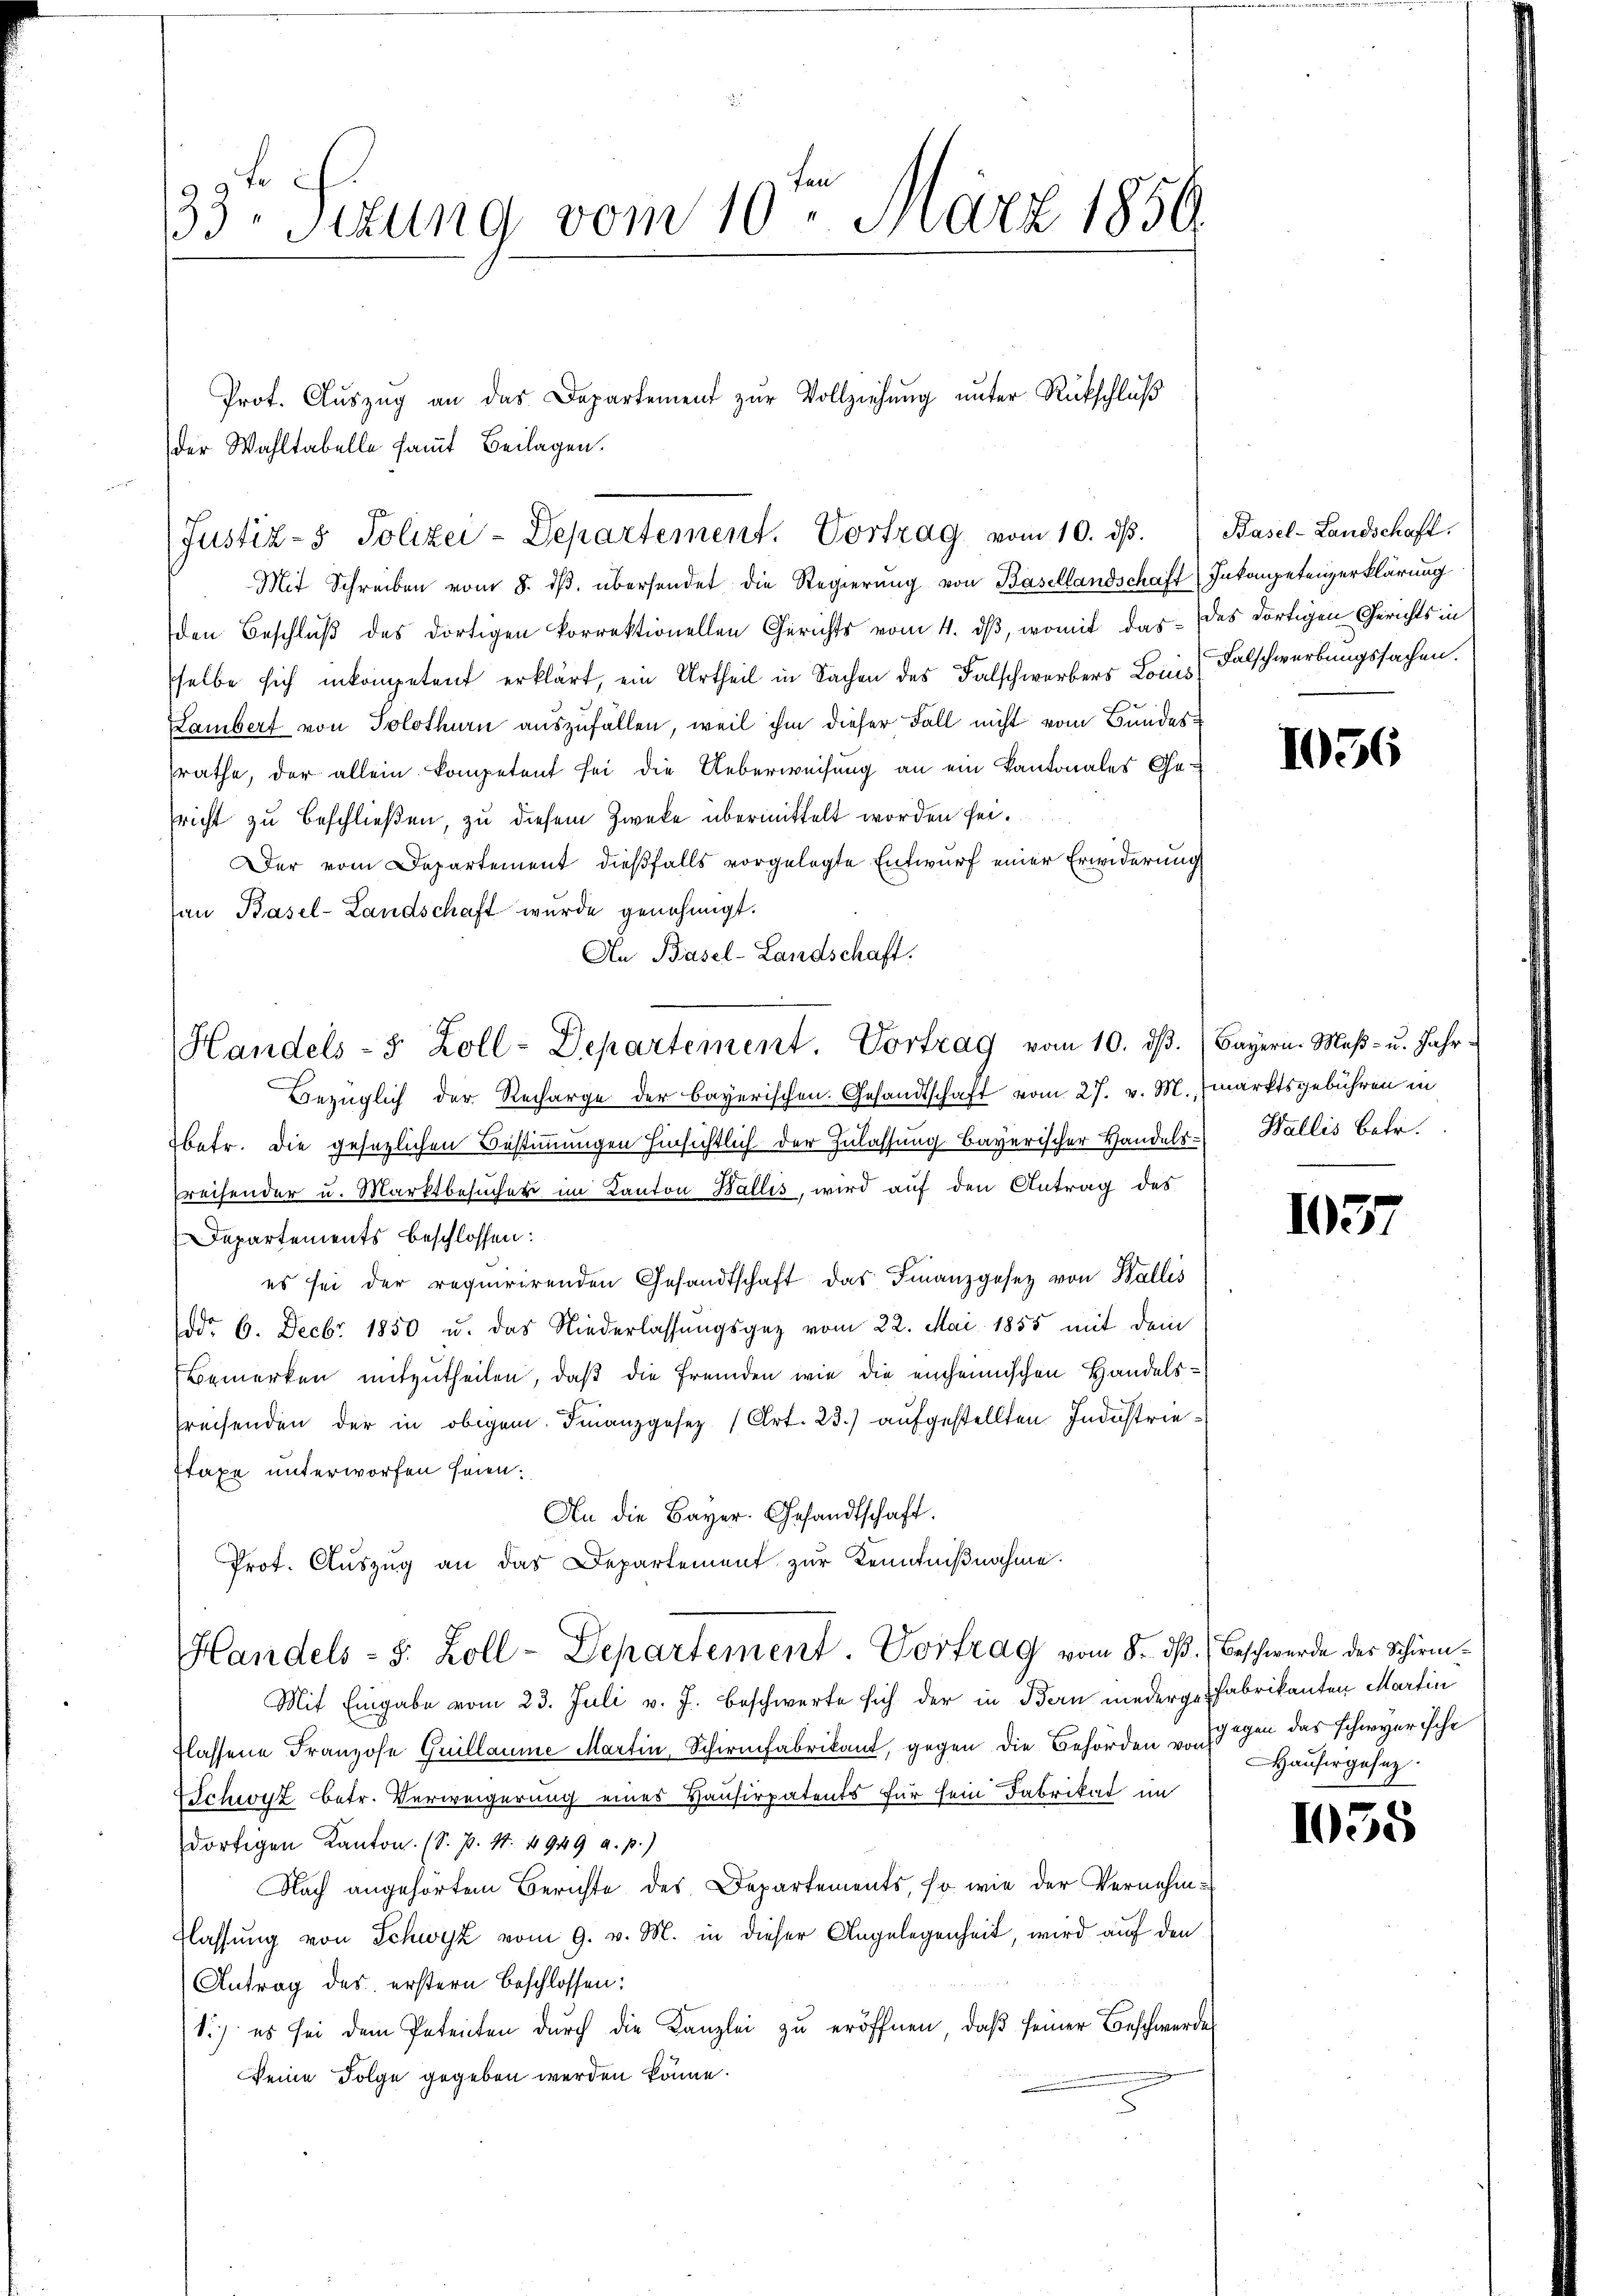
33. Sitzung vom 10. März 1850.

der Wahltabelle samt Beilagen.
Mit Schreiben vom 8. dβ übersendet die Regierung von Basellandschaft Inkompetenzerklärung
den Beschluß des dortigen korrektionellen Gerichts vom 4. ds, womit das des dortigen Gerichts in
selbe sich inkompetent erklärt, ein Urtheil in Sachen des Falschwerbers Louis Falschwerbungssachen.
Lambert von Solothurn auszufällen, weil ihm dieser Fall nicht vom Bundessrathe, der allein kompetent sei die Ueberweisung an ein Kantonales Ge-
richt zu beschließen, zu diesem Zwecke übermittelt worden sei.
Der vom Departement dießfalls vorgelegte Entwurf einer Erwiderung
an Basel-Landschaft wurde genehmigt.
An Basel-Landschaft.
Handels- 3 Zoll-Departement. Vortrag vom 10. dβ. (Bayern. Maβ- u. Jahr-
Bezüglich der Recharge der bayerischen. Gesandtschaft vom 27. v. M. marktsgebühren in
betr. Die gesezlichen Bestimmungen hinsichtlich der Zulassung bayerischer Handels- Wallis betr.
Preisender u. Marktbesucher im Kanton Wallis, wird auf den Antrag des
Departements beschlossen:
es sei der requirirenden Gesandtschaft das Finanzgesetz von Wallis
Jodo 6. Decbr 1850 u. das Niederlassungsgeg vom 22. Mai 1855 mit dem
Bemerken mitzutheilen, daß die Fremden wie die einheimischen Handels¬
Preisenden der in obigem Finanzgesez (Art. 23.) aufgestellten Industriestaxe unterworfen seien.
An die Bayer. Gesandtschaft.
Prot. Auszug an das Departement zur Kenntnißnahme.

Justiz- & Polizei-Departement. Vortrag vom 10. ds.

Prot. Auszug an das Departement zur Vollziehung unter Rückschluß

Handels- S. Zoll-Departement. Vortrag vom 8. d. Beschwerde der Schirm¬

Mit Eingabe vom 23. Juli v. J. beschwerte sich der in Bern niederge fabrikanten Martin
flassene Franzose Guillaume Martin, Schirmfabrikant, gegen die Behörden gegen das schwyerische
Schwyz betr. Verweigerung eines Hausirpatents für sein Fabrikat im
dortigen Kanton. (S. J. 17. 4949 a. p.)
Nach angehörtem Berichte des Departements, so wie der Vernehm¬
Klassung von Schwyz vom 9. v. M. in dieser Angelegenheit, wird auf den
Antrag des erstern Beschlossen:
1.) es sei dem Petenten durch die Kanzlei zu eröffnen, daß seiner Beschwerde
keine Folge gegeben werden könne.

Basel-Landschaft.

1056

103

Hausergesez

1055